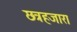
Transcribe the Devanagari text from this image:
छत्रहजारा